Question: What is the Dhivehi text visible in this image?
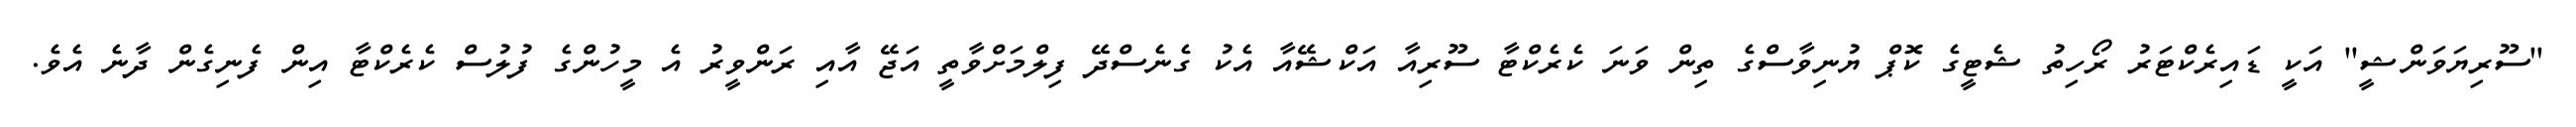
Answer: "ސޫރިޔަވަންޝީ" އަކީ ޑައިރެކްޓަރު ރޯހިތު ޝެޓީގެ ކޮޕް ޔުނިވާސްގެ ތިން ވަނަ ކެރެކްޓާ ސޫރިއާ އަކްޝޭއާ އެކު ގެނެސްދޭ ފިލްމަށްވާތީ އަޖޭ އާއި ރަންވީރު އެ މީހުންގެ ފުލުސް ކެރެކްޓާ އިން ފެނިގެން ދާނެ އެވެ.